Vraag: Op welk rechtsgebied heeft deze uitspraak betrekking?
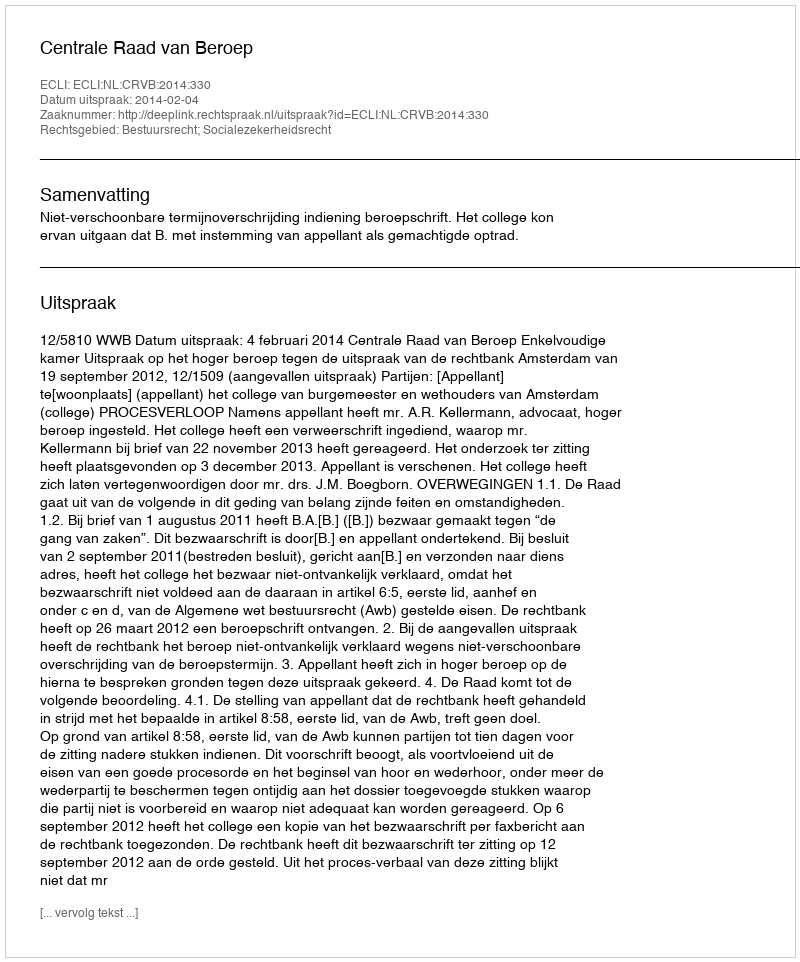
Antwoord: Bestuursrecht; Socialezekerheidsrecht